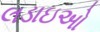
લડાઇઓ